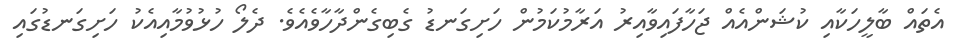
އެތައް ބާލީހަކާއި ކުޝަންއެއް ޖަހާފައިވާއިރު އަރާމުކަމުން ހަށިގަނޑު ގެބިގެންދާހާވެއެވެ. ދެލޯ ހުޅުވުމާއިއެކު ހަށިގަނޑުގައި